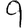
Digit: 9